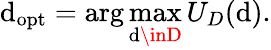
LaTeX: \mathrm{d}_{\mathrm{{opt}}}=\arg\operatorname*{max}_{\mathrm{d}\inD}U_{D}(\mathrm{d}).